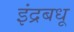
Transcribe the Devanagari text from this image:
इंद्रबधू